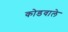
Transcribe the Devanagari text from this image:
कोडवाले